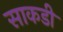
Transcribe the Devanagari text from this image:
साकडी